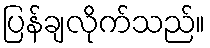
ပြန်ချလိုက်သည်။